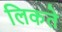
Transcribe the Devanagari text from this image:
लिकते